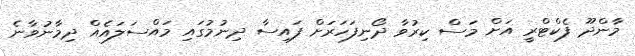
މާންދޫ ފެކްޓްރީ އަށް މަސް ކިރުވާ ދޯނިފަހަރަށް ފައިސާ ދިނުމުގައި މައްސަލައެއް ދިމާނުވާނެ